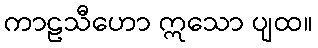
ကာဠသီဟော ဣသော ပျထ။